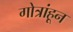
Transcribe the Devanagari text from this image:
गोत्रांहून